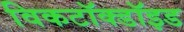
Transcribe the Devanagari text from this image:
विकटॉक्डॉइड